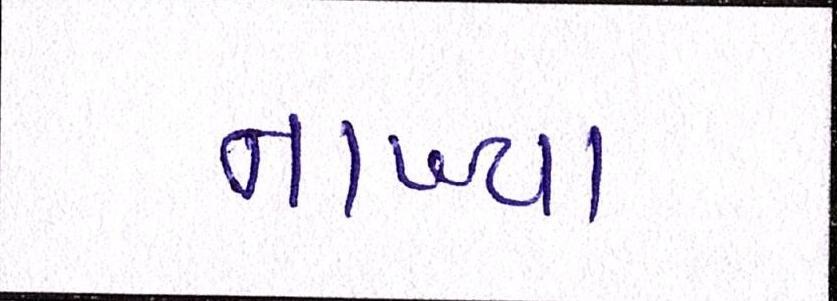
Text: નાખ્યા